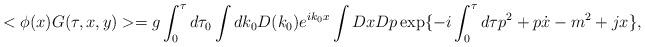
LaTeX: \begin{align*}<\phi(x) G(\tau,x,y) > = g \int_0^\tau d \tau_0 \int dk_0 D(k_0) e^{i k_0 x}\int Dx Dp \exp\{-i \int_0^\tau d\tau p^2 + p\dot x - m^2 +j x \},\end{align*}